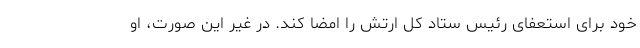
خود برای استعفای رئیس ستاد کل ارتش را امضا کند. در غیر این صورت، او